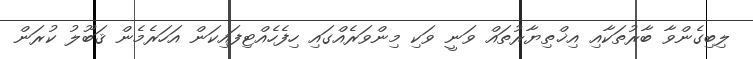
ލިބިގެންވާ ބާރުތަކާއި އިޚްތިޔާރުތައް ވަނީ ވަކި މިންވަރެއްގައި ހިފެހެއްޓިފައިކަން އަހަރެމެން ޤަބޫލު ކުރަން